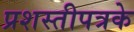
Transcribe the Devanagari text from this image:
प्रशस्तीपत्रके